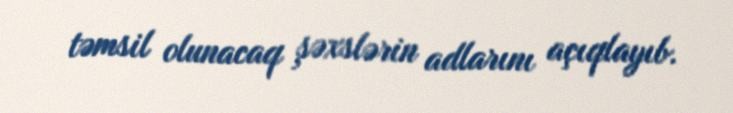
təmsil olunacaq şəxslərin adlarını açıqlayıb.